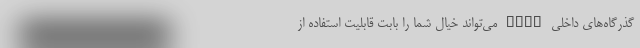
گذرگاه‌های داخلی PCIe می‌تواند خیال شما را بابت قابلیت استفاده‌ از